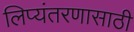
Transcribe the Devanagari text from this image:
लिप्यंतरणासाठी